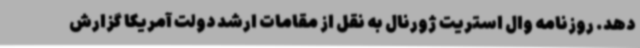
دهد. روزنامه وال استریت ژورنال به نقل از مقامات ارشد دولت آمریکا گزارش